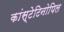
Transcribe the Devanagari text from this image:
कांस्टेटिनोपिल